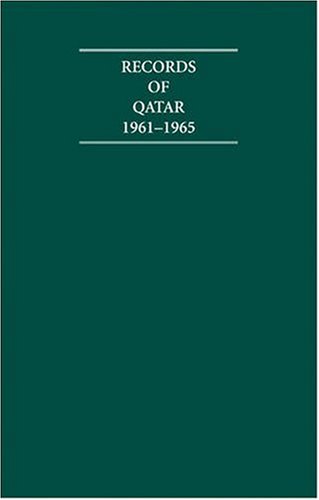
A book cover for Records of Qatar 1961-1965 5 Volume Set (Cambridge Archive Editions); History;